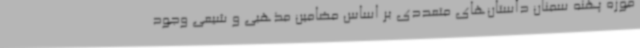
موزه پهنه سمنان داستان‌های متعددی بر اساس مضامین مذهبی و شیعی وجود